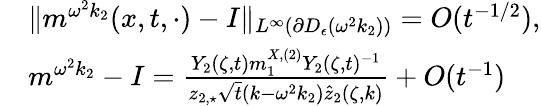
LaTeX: \begin{array}{rl}&{\| m^{\omega^{2}k_{2}}(x,t,\cdot)-I\| _{L^{\infty}(\partial D_{\epsilon}(\omega^{2}k_{2}))}=O(t^{-1/2}),}\\ &{m^{\omega^{2}k_{2}}-I=\frac{Y_{2}(\zeta,t)m_{1}^{X,(2)}Y_{2}(\zeta,t)^{-1}}{z_{2,\star}\sqrt{t}(k-\omega^{2}k_{2})\hat{z}_{2}(\zeta,k)}+O(t^{-1})}\end{array}